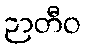
ဉာတီဝ